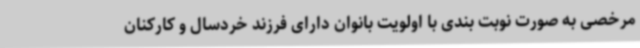
مرخصی به صورت نوبت بندی با اولویت بانوان دارای فرزند خردسال و کارکنان